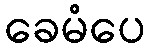
ခေမံပေ